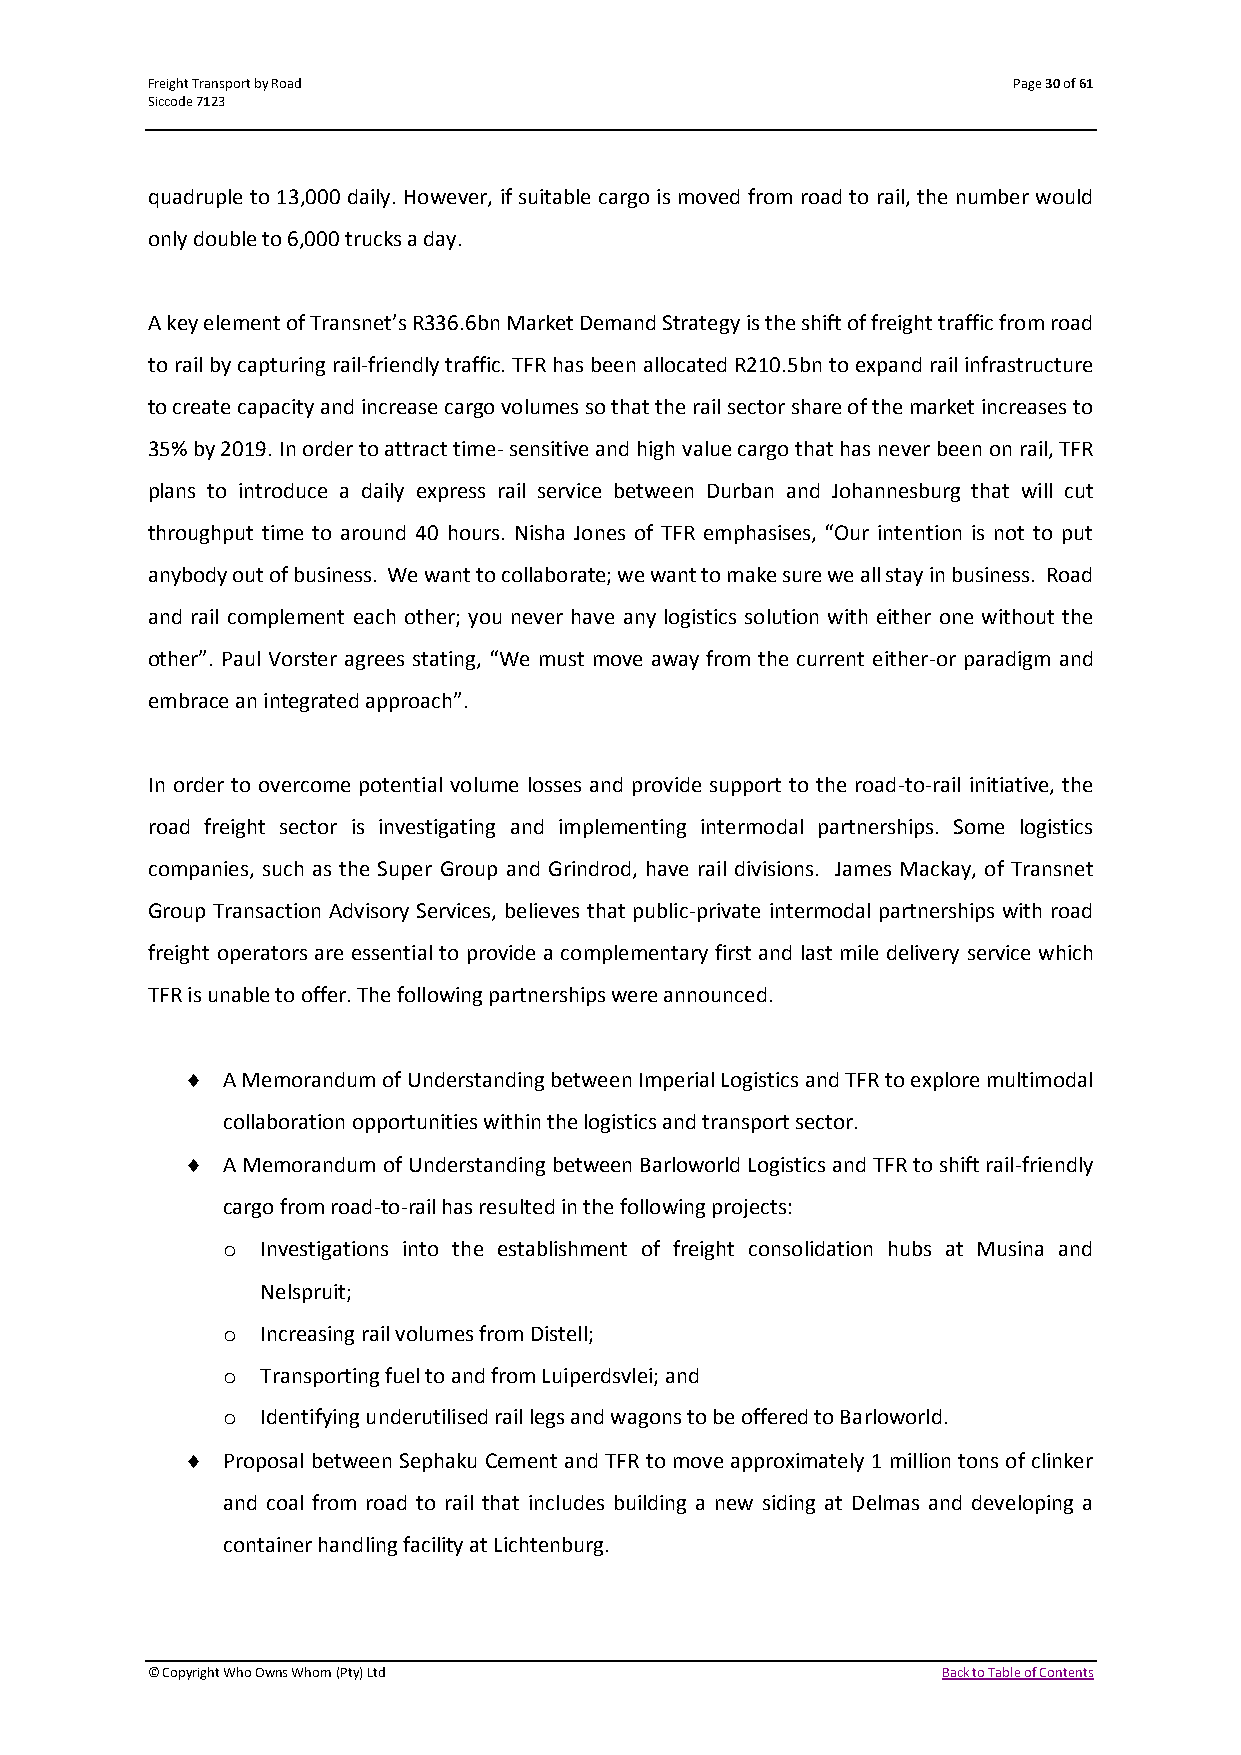
Freight Transport by Road                                Page 30 of 61
 Siccode 7123
 quadruple to 13,000 daily. However, if suitable cargo is moved from road to rail, the number would
 only double to 6,000 trucks a day.
 A key element of Transnet’s R336.6bn Market Demand Strategy is the shift of freight traffic from road
 to rail by capturing rail-friendly traffic. TFR has been allocated R210.5bn to expand rail infrastructure
 to create capacity and increase cargo volumes so that the rail sector share of the market increases to
 35% by 2019. In order to attract time- sensitive and high value cargo that has never been on rail, TFR
 plans to introduce a daily express rail service between Durban and Johannesburg that will cut
 throughput time to around 40 hours. Nisha Jones of TFR emphasises, “Our intention is not to put
 anybody out of business. We want to collaborate; we want to make sure we all stay in business. Road
 and rail complement each other; you never have any logistics solution with either one without the
 other”. Paul Vorster agrees stating, “We must move away from the current either-or paradigm and
 embrace an integrated approach”.
 In order to overcome potential volume losses and provide support to the road-to-rail initiative, the
 road freight sector is investigating and implementing intermodal partnerships. Some logistics
 companies, such as the Super Group and Grindrod, have rail divisions. James Mackay, of Transnet
 Group Transaction Advisory Services, believes that public-private intermodal partnerships with road
 freight operators are essential to provide a complementary first and last mile delivery service which
 TFR is unable to offer. The following partnerships were announced.
   A Memorandum of Understanding between Imperial Logistics and TFR to explore multimodal
 collaboration opportunities within the logistics and transport sector.
   A Memorandum of Understanding between Barloworld Logistics and TFR to shift rail-friendly
 cargo from road-to-rail has resulted in the following projects:
 o Investigations into the establishment of freight consolidation hubs at Musina and
 Nelspruit;
 o Increasing rail volumes from Distell;
 o Transporting fuel to and from Luiperdsvlei; and
 o Identifying underutilised rail legs and wagons to be offered to Barloworld.
   Proposal between Sephaku Cement and TFR to move approximately 1 million tons of clinker
 and coal from road to rail that includes building a new siding at Delmas and developing a
 container handling facility at Lichtenburg.
 © Copyright Who Owns Whom (Pty) Ltd                 Back to Table of Contents